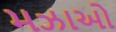
મઝાઓ